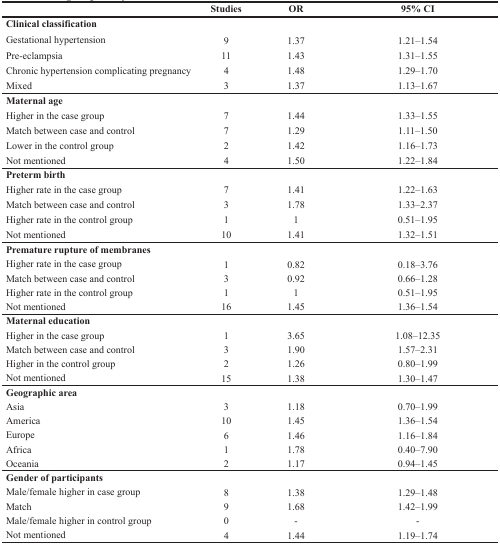
|  | Studies | OR | 95% CI |
 | --- | --- | --- | --- |
 | Clinical classification |  |  |  |
 | Gestational hypertension | 9 | 1.37 | 1.21–1.54 |
 | Pre-eclampsia | 11 | 1.43 | 1.31–1.55 |
 | Chronic hypertension complicating pregnancy | 4 | 1.48 | 1.29–1.70 |
 | Mixed | 3 | 1.37 | 1.13–1.67 |
 | Maternal age |  |  |  |
 | Higher in the case group | 7 | 1.44 | 1.33–1.55 |
 | Match between case and control | 7 | 1.29 | 1.11–1.50 |
 | Lower in the control group | 2 | 1.42 | 1.16–1.73 |
 | Not mentioned | 4 | 1.50 | 1.22–1.84 |
 | Preterm birth |  |  |  |
 | Higher rate in the case group | 7 | 1.41 | 1.22–1.63 |
 | Match between case and control | 3 | 1.78 | 1.33–2.37 |
 | Higher rate in the control group | 1 | 1 | 0.51–1.95 |
 | Not mentioned | 10 | 1.41 | 1.32–1.51 |
 | Premature rupture of membranes |  |  |  |
 | Higher rate in the case group | 1 | 0.82 | 0.18–3.76 |
 | Match between case and control | 3 | 0.92 | 0.66–1.28 |
 | Higher rate in the control group | 1 | 1 | 0.51–1.95 |
 | Not mentioned | 16 | 1.45 | 1.36–1.54 |
 | Maternal education |  |  |  |
 | Higher in the case group | 1 | 3.65 | 1.08–12.35 |
 | Match between case and control | 3 | 1.90 | 1.57–2.31 |
 | Higher in the control group | 2 | 1.26 | 0.80–1.99 |
 | Not mentioned | 15 | 1.38 | 1.30–1.47 |
 | Geographic area |  |  |  |
 | Asia | 3 | 1.18 | 0.70–1.99 |
 | America | 10 | 1.45 | 1.36–1.54 |
 | Europe | 6 | 1.46 | 1.16–1.84 |
 | Africa | 1 | 1.78 | 0.40–7.90 |
 | Oceania | 2 | 1.17 | 0.94–1.45 |
 | Gender of participants |  |  |  |
 | Male/female higher in case group | 8 | 1.38 | 1.29–1.48 |
 | Match | 9 | 1.68 | 1.42–1.99 |
 | Male/female higher in control group | 0 | - | - |
 | Not mentioned | 4 | 1.44 | 1.19–1.74 |